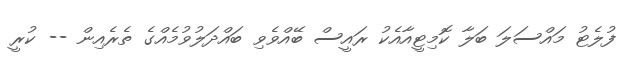
ފުލެޓު މައްސަލަ ބަލާ ކޮމިޓީއާއެކު ރައީސް ބޭއްވެވި ބައްދަލުވުމެއްގެ ތެރެއިން -- ކުރީ